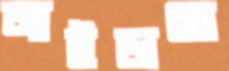
আইডাহো